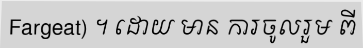
Fargeat) ។ ដោយ មាន ការចូលរួម ពី